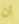
ان